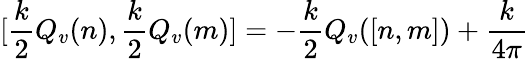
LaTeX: \lbrack\frac k2Q_{v}(n),\frac k2Q_{v}(m)]=-\frac k2Q_{v}([n,m])+{\frac k{4\pi}}